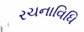
રચનાવિધિ